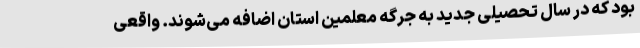
بود که در سال تحصیلی جدید به جرگه معلمین استان اضافه می‌شوند. واقعی